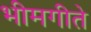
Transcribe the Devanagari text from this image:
भीमगीते